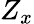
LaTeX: Z_{x}